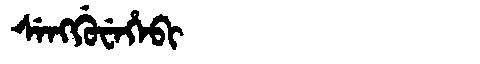
Manchu: ᠰᡝᠩᡤᡠᠸᡝᡥᡝᠪᡳ
Romanization: SENGGUWEHEBI